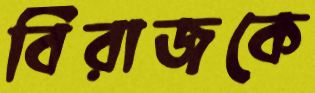
বিরাজকে